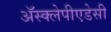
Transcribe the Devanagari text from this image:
अॅस्क्लेपीएडेसी